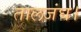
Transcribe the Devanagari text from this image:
तालजंघ।